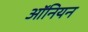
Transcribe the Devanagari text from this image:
ऑनियन